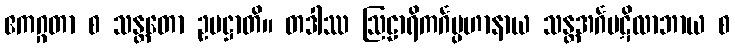
ဧကဂ္ဂတာ စ သန္တတော ဥပဋ္ဌာတိ။ တဒါဿ ဩဠာရိကင်္ဂပ္ပဟာနာယ သန္တအင်္ဂပဋိလာဘာယ စ